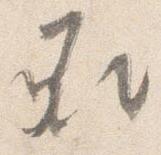
承